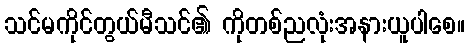
သင်မကိုင်တွယ်မီသင်၏ ကိုတစ်ညလုံးအနားယူပါစေ။